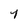
Character: 4